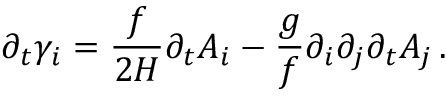
\partial _ { t } { \gamma } _ { i } = \frac { f } { 2 H } \partial _ { t } { A } _ { i } - \frac { g } { f } \partial _ { i } \partial _ { j } \partial _ { t } { A } _ { j } \, .